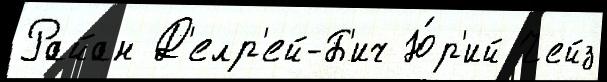
Райан Д'елр'ей-Б'ич Ю́р'ий Чейз